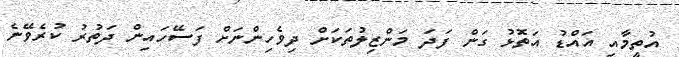
އުތީމާއި އައްޑު އަތޮޅު ގަން ފަދަ މަންޒިލުތަކަށް ދިވެހިންނަށް ފަސޭހައިން ދަތުރު ކުރެވޭނެ